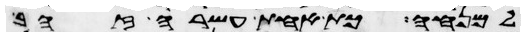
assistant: למנחה כף אחת עשרה זהב